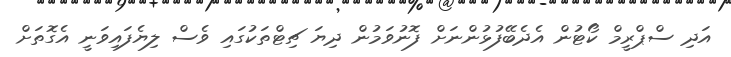
އަދި ސްޕްރީމް ކޯޓުން އެދެބޭފުޅުންނަށް ފޮނުވަމުން ދިޔަ ޗިޓްތަކުގައި ވެސް ލިޔެފައިވަނީ އެގޮތަށް